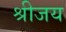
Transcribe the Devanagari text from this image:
श्रीजय